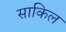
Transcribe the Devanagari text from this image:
साकिल